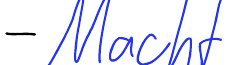
- Macht